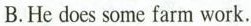
B.He does some farm work.